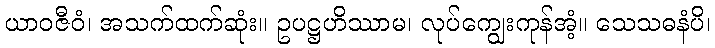
ယာဝဇီဝံ၊ အသက်ထက်ဆုံး။ ဥပဋ္ဌဟိဿာမ၊ လုပ်ကျွေးကုန်အံ့။ သေသဓနံပိ၊